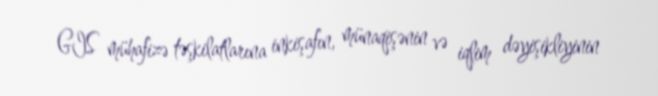
GIS mühafizə təşkilatlarına inkişafın, münaqişənin və iqlim dəyişikliyinin